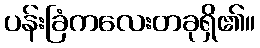
ပန်းခြံကလေးတခုရှိ၏။